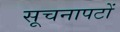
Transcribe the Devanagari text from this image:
सूचनापटों